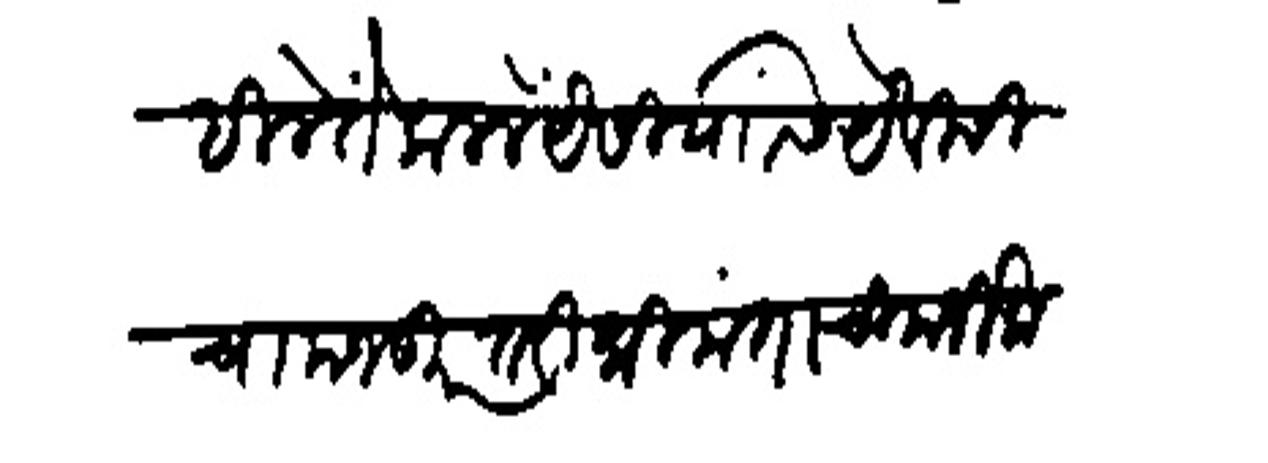
Transliteration (Devanagari): लिहिलें ते कललें येसियासी येविसी चा मजकूर तरी श्रीमंताची मर्जी कसकसी